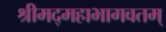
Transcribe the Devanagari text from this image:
श्रीमद्महाभागवतम्